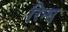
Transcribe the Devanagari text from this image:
रिन्स